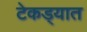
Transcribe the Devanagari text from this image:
टेकड्यात